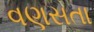
વણસતા